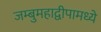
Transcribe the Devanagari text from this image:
जम्बुमहाद्वीपामध्ये